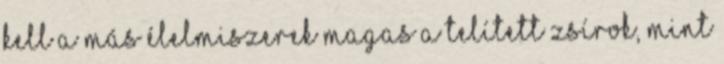
kell a más élelmiszerek magas a telített zsírok, mint